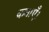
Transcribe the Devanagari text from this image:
कमाएँ।